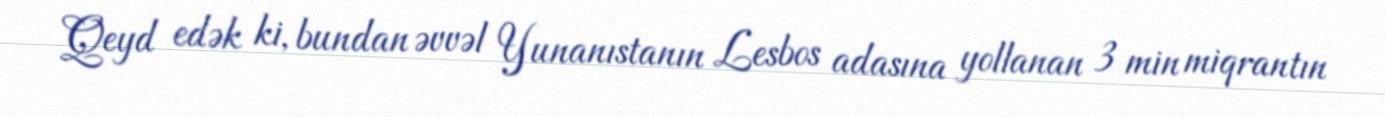
Qeyd edək ki, bundan əvvəl Yunanıstanın Lesbos adasına yollanan 3 min miqrantın